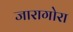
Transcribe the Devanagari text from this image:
जारागोरा